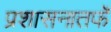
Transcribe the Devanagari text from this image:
प्रशासनातर्फे